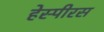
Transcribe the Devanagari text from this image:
हेस्पीरस